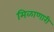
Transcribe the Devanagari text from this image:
मिळाणारी